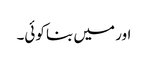
اور میں بنا کوئی۔